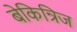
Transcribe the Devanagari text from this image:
बेकिन्रिज